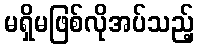
မရှိမဖြစ်လိုအပ်သည့်